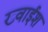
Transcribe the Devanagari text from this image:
ख्वाईश